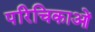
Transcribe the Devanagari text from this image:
परिचिकाओं